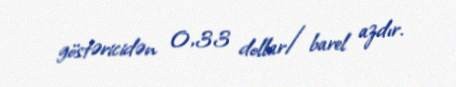
göstəricidən 0,33 dollar/barel azdır.